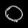
Digit: ၀